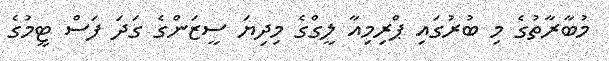
މުބާރާތުގެ މި ބުރުގައި ޕްރިމިއާ ލީގްގެ މިދިޔަ ސީޒަންގެ ގަދަ ފަސް ޓީމުގެ